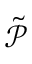
\mathcal { \tilde { P } }